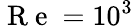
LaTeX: \mathrm{~R~e~}=10^{3}